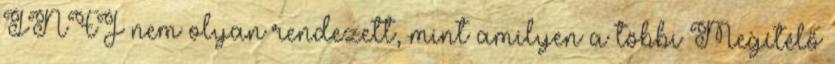
INFJ nem olyan rendezett, mint amilyen a többi Megítélő